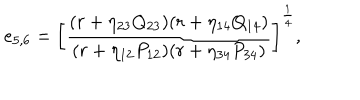
{ e _ { 5 , 6 } = \left[ { \frac { ( r + \eta _ { 2 3 } Q _ { 2 3 } ) ( r + \eta _ { 1 4 } Q _ { 1 4 } ) } { ( r + \eta _ { 1 2 } P _ { 1 2 } ) ( r + \eta _ { 3 4 } P _ { 3 4 } ) } } \right] ^ { \frac { 1 } { 4 } } } ,